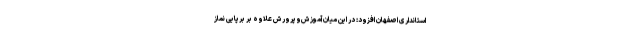
استانداری اصفهان افزود: در این میان آموزش‌وپرورش علاوه بر برپایی نماز